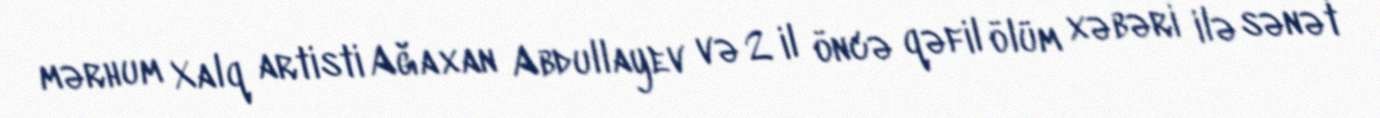
mərhum Xalq artisti Ağaxan Abdullayev və 2 il öncə qəfil ölüm xəbəri ilə sənət